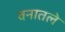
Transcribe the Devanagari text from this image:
वनातले